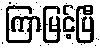
ကြာမြင့်ပြီ